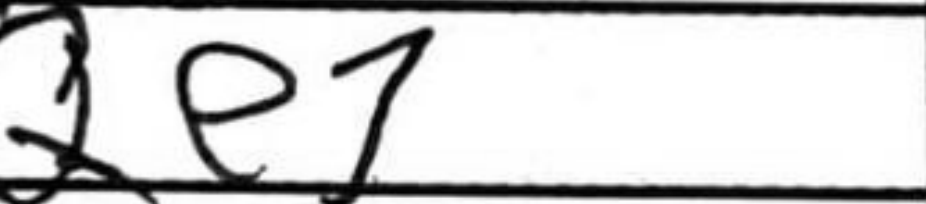
Transcription: Qe7